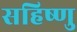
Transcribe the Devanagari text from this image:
सहिष्‍णु